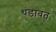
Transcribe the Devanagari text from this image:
थंडावत